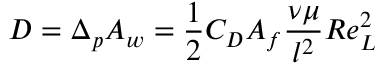
D = \Delta _ { p } A _ { w } = { \frac { 1 } { 2 } } C _ { D } A _ { f } { \frac { \nu \mu } { l ^ { 2 } } } R e _ { L } ^ { 2 }